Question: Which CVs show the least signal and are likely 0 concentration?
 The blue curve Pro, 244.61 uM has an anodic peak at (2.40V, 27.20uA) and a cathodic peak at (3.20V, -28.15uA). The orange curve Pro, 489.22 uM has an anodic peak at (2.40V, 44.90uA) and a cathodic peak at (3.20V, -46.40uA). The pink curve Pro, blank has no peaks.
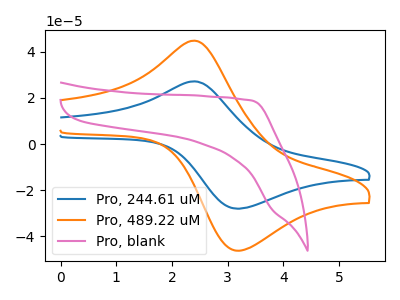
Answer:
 <answer>"Pro, blank" is likely to be a blank.</answer>
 <eval>Pro, blank</eval>